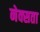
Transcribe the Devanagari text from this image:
नेक्सता